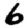
Digit: 6